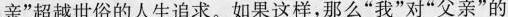
亲”超越世俗的人生追求。如果这样,那么“我”对“父亲”的